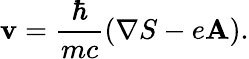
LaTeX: {\mathbf v}=\frac{\hbar}{mc}\left(\nabla S-e{\mathbf A}\right).